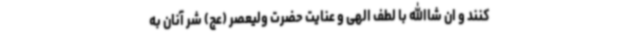
کنند و ان شاالله با لطف الهی و عنایت حضرت ولیعصر (عج) شر آنان به